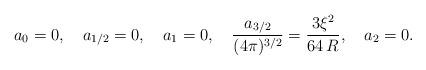
LaTeX: \begin{align*}a_0=0, \quad a_{1/2}=0,\quad a_{1}=0,\quad \frac{a_{3/2}}{(4\pi)^{3/2}}=\frac{3\xi^2}{64\,R}, \quad a_2=0. \end{align*}